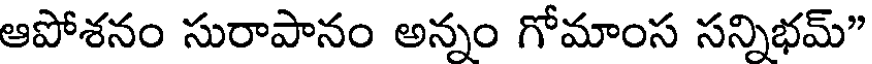
ఆపోశనం సురాపానం అన్నం గోమాంస సన్నిభమ్"